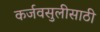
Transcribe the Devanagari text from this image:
कर्जवसुलीसाठी